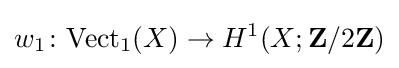
w_{1}\colon {\text{Vect}}_{1}(X)\to H^{1}(X;\mathbf {Z} /2\mathbf {Z} )